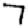
Digit: 7